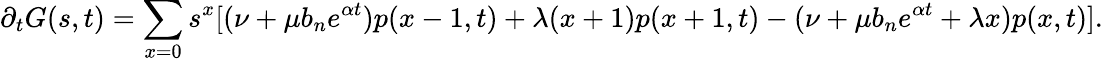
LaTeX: \partial_{t}G(s,t)=\sum_{x=0}s^{x}[(\nu+\mu b_{n}e^{\alpha t})p(x-1,t)+\lambda(x+1)p(x+1,t)-(\nu+\mu b_{n}e^{\alpha t}+\lambda x)p(x,t)].